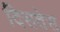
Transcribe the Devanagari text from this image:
दिसतेस